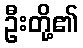
ဦးတို့၏